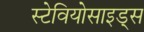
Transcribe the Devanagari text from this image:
स्टेवियोसाइड्स